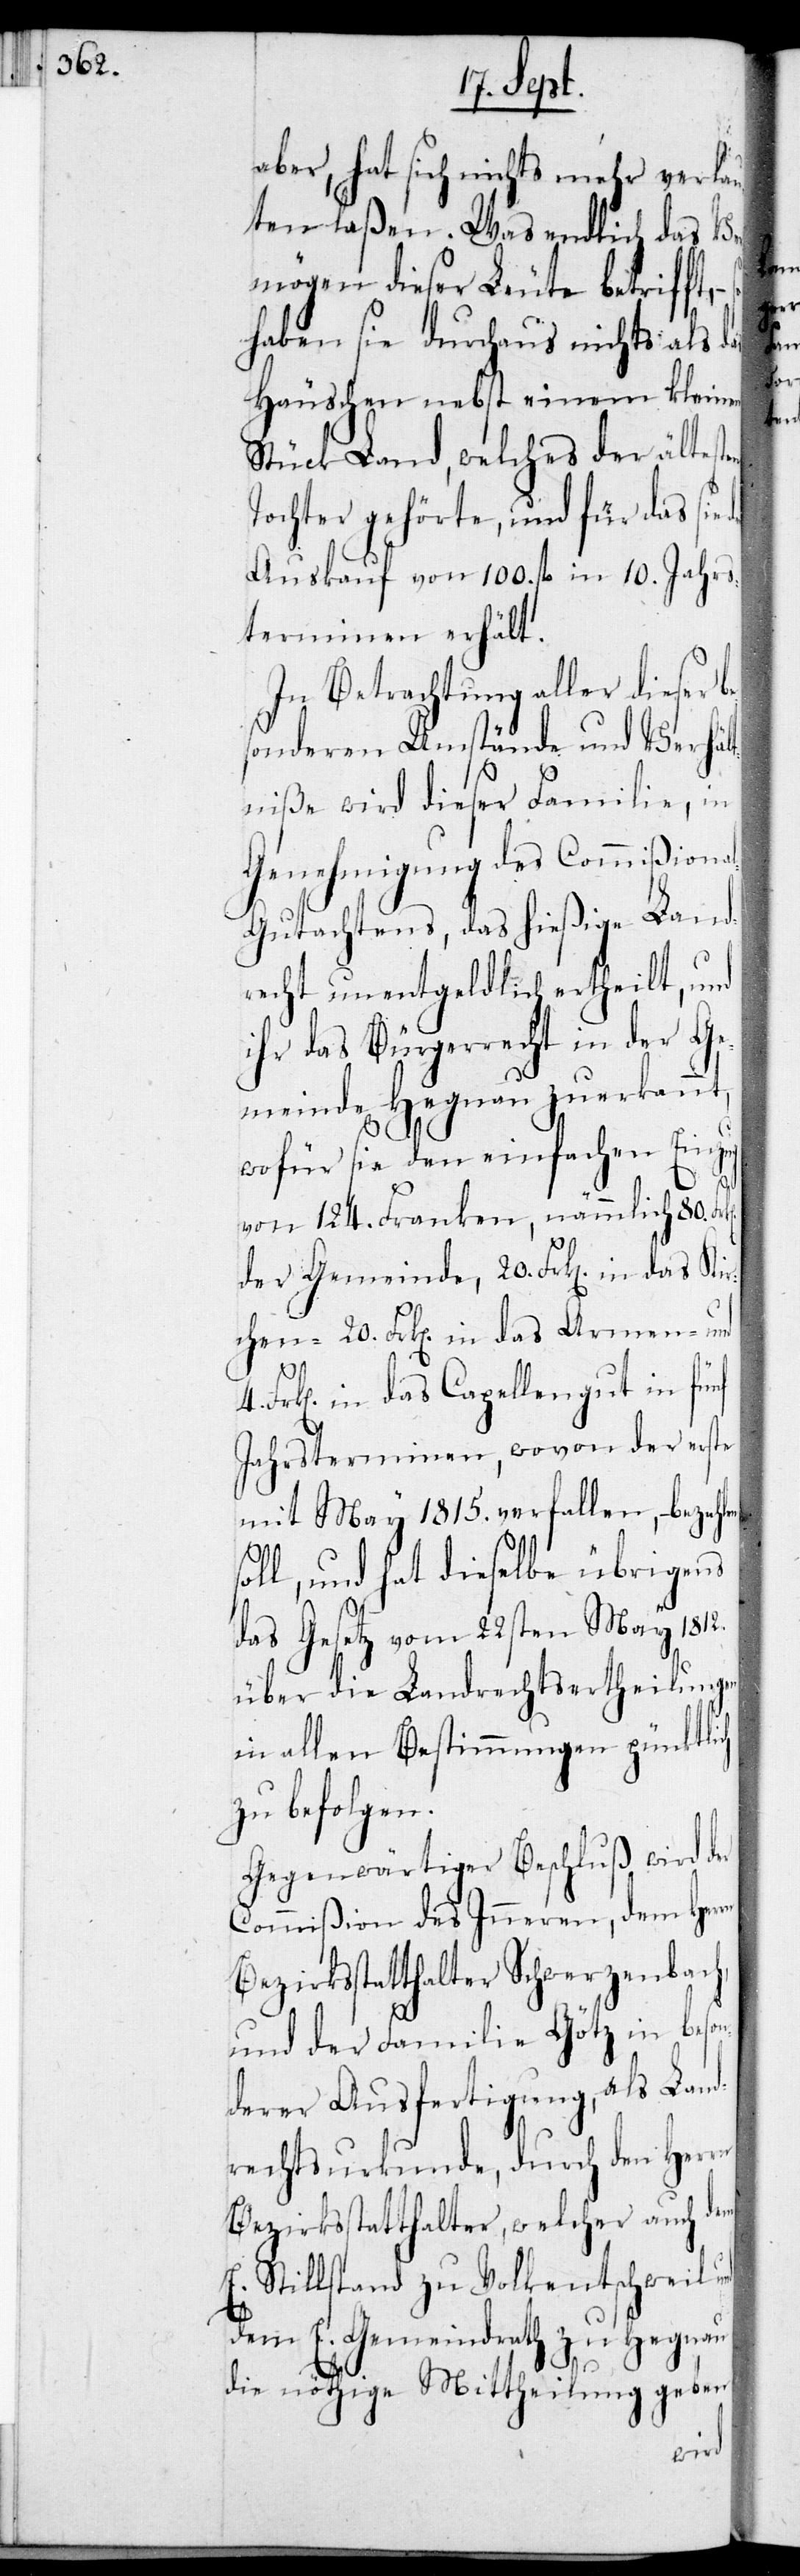
aber, hat sich nichts mehr verlau¬
ten laßen. Was endlich das Ver¬
mögen dieser Leute betrifft,
haben sie durchaus nichts als das
Häuschen nebst einem kleinen
Stück Land, welches der ältesten
Tochter gehörte, und für das sie
Auskauf von 100. fl. in 10. Jahres¬
terminen erhält.
In Betrachtung aller dieser
sonderen Umstände und Verhäl¬
tniße wird dieser Familie, in
Genehmigung des Commißiona¬
l-Gutachtens, das hießige Land¬
recht unentgeldlich ertheilt, und
ihr das Bürgerrecht in der Ge¬
meinde Hegnau zuerkannt,
wofür sie den einfachen Einzug
von 124. Franken, nämmlich 80.
der Gemeinde, 20. Frk[en] in das Kir¬
chen-, 20. Frk[en] in das Armen- und
Frk[en] in das Capellengut in fünf
Jahresterminen, wovon der erste
mit May 1815. verfallen, – bezahlen
soll, und hat dieselbe übrigens
das Gesetz vom 22sten May 1812.
über die Landrechtsertheilungen
in allen Bestimmungen pünktl¬
zu befolgen.
Gegenwärtiger Beschluß wird der
Commißion des Inneren, dem Her¬
Bezirksstatthalter Schwerzenbach,
und der Familie Götz in beson¬
derer Ausfertigung, als Land¬
rechtsurkunde, durch den Herrn
Bezirksstatthalter, welcher auch dem
E. Stillstand zu Volkentschewil
dem E. Gemeindrath zu Hegnau
die nöthige Mittheilung geben
rn